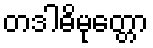
တဒါဓိမုတ္တော